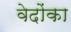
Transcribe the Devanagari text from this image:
वेदोंका